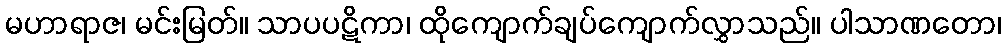
မဟာရာဇ၊ မင်းမြတ်။ သာပပဋိကာ၊ ထိုကျောက်ချပ်ကျောက်လွှာသည်။ ပါသာဏတော၊